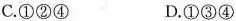
C.①②④ D.①③④